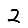
Digit: 2